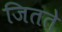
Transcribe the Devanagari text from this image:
जितते